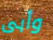
وأبى